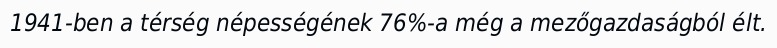
1941-ben a térség népességének 76%-a még a mezőgazdaságból élt.